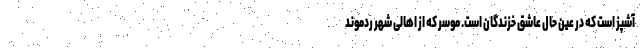
آشپز است که در عین حال عاشق خزندگان است. موسر که از اهالی شهر ردموند